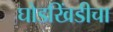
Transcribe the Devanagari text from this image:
घोडखिंडीचा